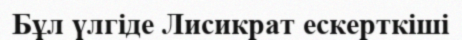
Бұл үлгіде Лисикрат ескерткіші